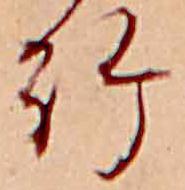
給